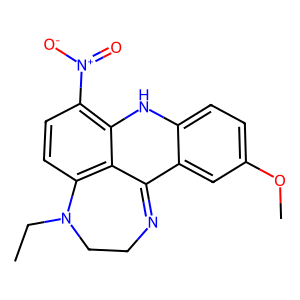
SMILES: CCN1CCN=C2c3cc(OC)ccc3Nc3c([N+](=O)[O-])ccc1c32
Inhibits HIV replication: No